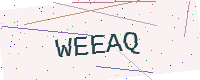
Text: WEEAQ